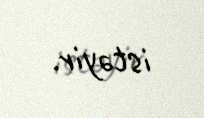
istəyir.